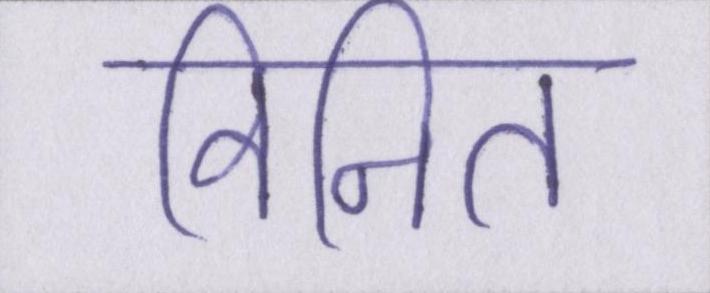
विनित